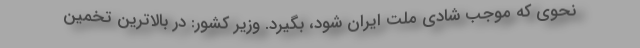
نحوی که موجب شادی ملت ایران شود، بگیرد. وزیر کشور: در بالاترین تخمین